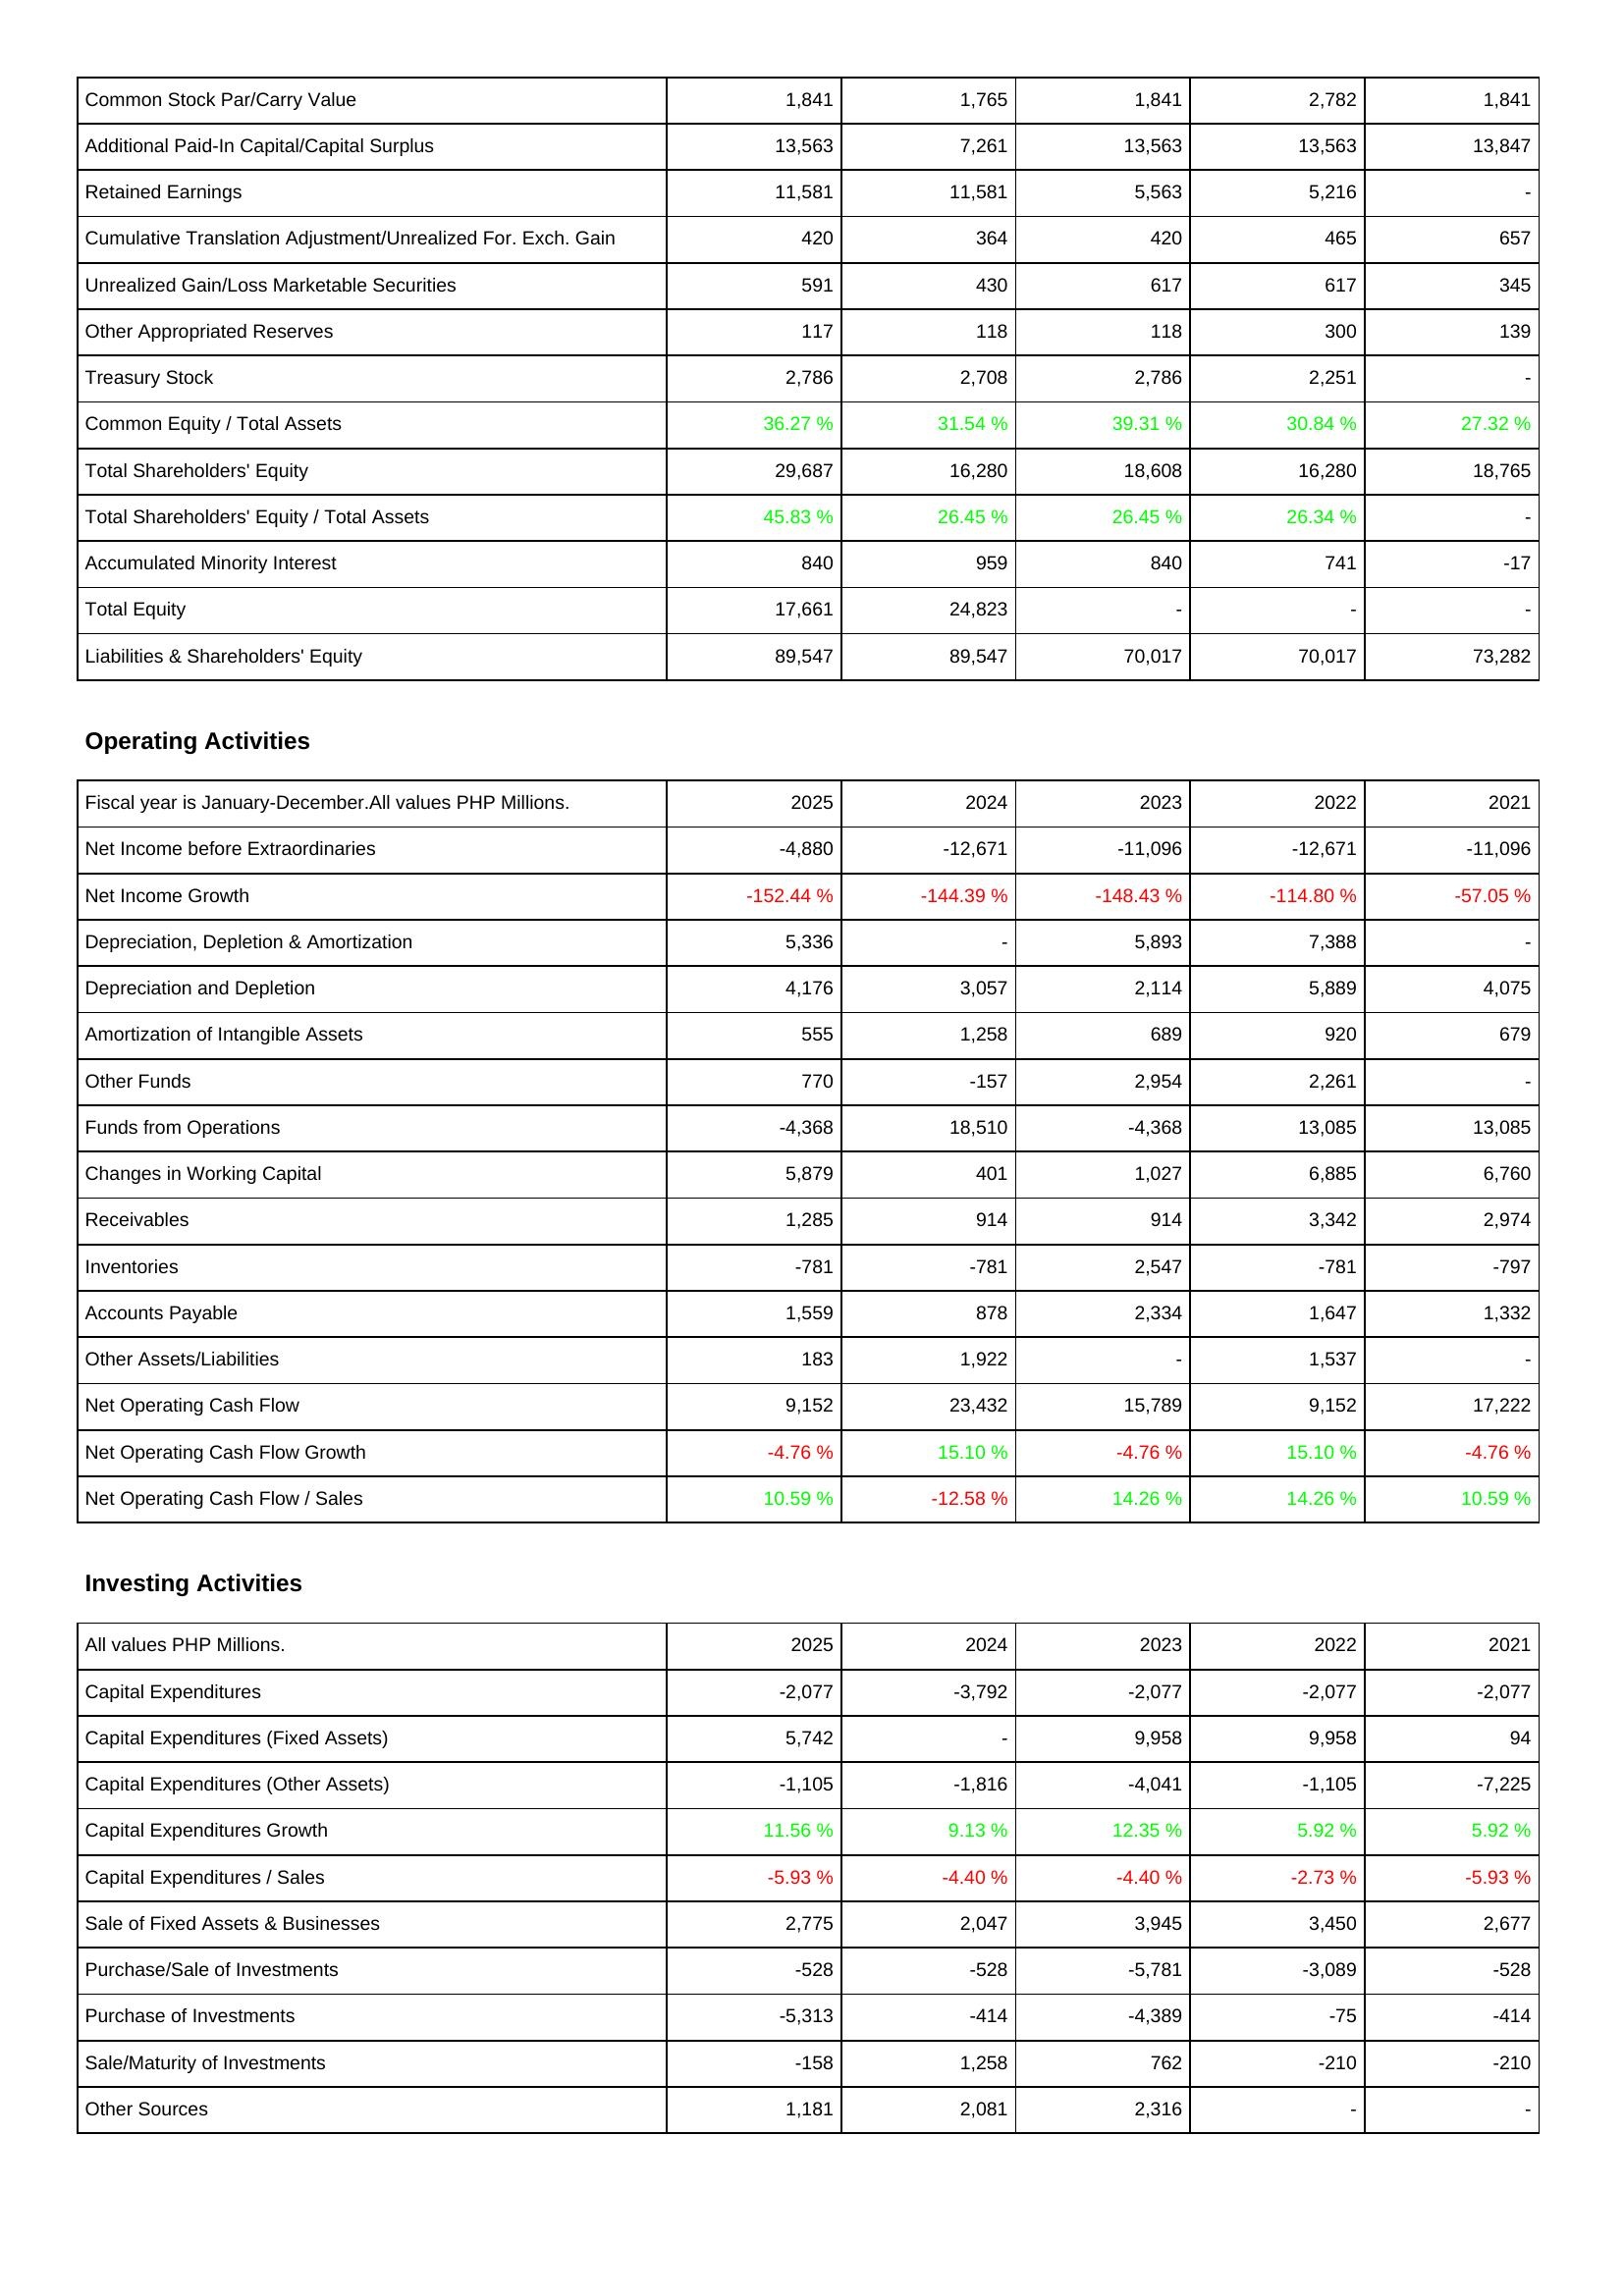
2025: Liabilities & Shareholders' Equity: Common Stock Par/Carry Value: 1,841
Additional Paid-In Capital/Capital Surplus: 13,563
Retained Earnings: 11,581
Cumulative Translation Adjustment/Unrealized For. Exch. Gain: 420
Unrealized Gain/Loss Marketable Securities: 591
Other Appropriated Reserves: 117
Treasury Stock: 2,786
Common Equity / Total Assets: 36.27 %
Total Shareholders' Equity: 29,687
Total Shareholders' Equity / Total Assets: 45.83 %
Accumulated Minority Interest: 840
Total Equity: 17,661
Liabilities & Shareholders' Equity: 89,547
Operating Activities: Net Income before Extraordinaries: -4,880
Net Income Growth: -152.44 %
Depreciation, Depletion & Amortization: 5,336
Depreciation and Depletion: 4,176
Amortization of Intangible Assets: 555
Other Funds: 770
Funds from Operations: -4,368
Changes in Working Capital: 5,879
Receivables: 1,285
Inventories: -781
Accounts Payable: 1,559
Other Assets/Liabilities: 183
Net Operating Cash Flow: 9,152
Net Operating Cash Flow Growth: -4.76 %
Net Operating Cash Flow / Sales: 10.59 %
Investing Activities: Capital Expenditures: -2,077
Capital Expenditures (Fixed Assets): 5,742
Capital Expenditures (Other Assets): -1,105
Capital Expenditures Growth: 11.56 %
Capital Expenditures / Sales: -5.93 %
Sale of Fixed Assets & Businesses: 2,775
Purchase/Sale of Investments: -528
Purchase of Investments: -5,313
Sale/Maturity of Investments: -158
Other Sources: 1,181
2024: Liabilities & Shareholders' Equity: Common Stock Par/Carry Value: 1,765
Additional Paid-In Capital/Capital Surplus: 7,261
Retained Earnings: 11,581
Cumulative Translation Adjustment/Unrealized For. Exch. Gain: 364
Unrealized Gain/Loss Marketable Securities: 430
Other Appropriated Reserves: 118
Treasury Stock: 2,708
Common Equity / Total Assets: 31.54 %
Total Shareholders' Equity: 16,280
Total Shareholders' Equity / Total Assets: 26.45 %
Accumulated Minority Interest: 959
Total Equity: 24,823
Liabilities & Shareholders' Equity: 89,547
Operating Activities: Net Income before Extraordinaries: -12,671
Net Income Growth: -144.39 %
Depreciation, Depletion & Amortization: -
Depreciation and Depletion: 3,057
Amortization of Intangible Assets: 1,258
Other Funds: -157
Funds from Operations: 18,510
Changes in Working Capital: 401
Receivables: 914
Inventories: -781
Accounts Payable: 878
Other Assets/Liabilities: 1,922
Net Operating Cash Flow: 23,432
Net Operating Cash Flow Growth: 15.10 %
Net Operating Cash Flow / Sales: -12.58 %
Investing Activities: Capital Expenditures: -3,792
Capital Expenditures (Fixed Assets): -
Capital Expenditures (Other Assets): -1,816
Capital Expenditures Growth: 9.13 %
Capital Expenditures / Sales: -4.40 %
Sale of Fixed Assets & Businesses: 2,047
Purchase/Sale of Investments: -528
Purchase of Investments: -414
Sale/Maturity of Investments: 1,258
Other Sources: 2,081
2023: Liabilities & Shareholders' Equity: Common Stock Par/Carry Value: 1,841
Additional Paid-In Capital/Capital Surplus: 13,563
Retained Earnings: 5,563
Cumulative Translation Adjustment/Unrealized For. Exch. Gain: 420
Unrealized Gain/Loss Marketable Securities: 617
Other Appropriated Reserves: 118
Treasury Stock: 2,786
Common Equity / Total Assets: 39.31 %
Total Shareholders' Equity: 18,608
Total Shareholders' Equity / Total Assets: 26.45 %
Accumulated Minority Interest: 840
Total Equity: -
Liabilities & Shareholders' Equity: 70,017
Operating Activities: Net Income before Extraordinaries: -11,096
Net Income Growth: -148.43 %
Depreciation, Depletion & Amortization: 5,893
Depreciation and Depletion: 2,114
Amortization of Intangible Assets: 689
Other Funds: 2,954
Funds from Operations: -4,368
Changes in Working Capital: 1,027
Receivables: 914
Inventories: 2,547
Accounts Payable: 2,334
Other Assets/Liabilities: -
Net Operating Cash Flow: 15,789
Net Operating Cash Flow Growth: -4.76 %
Net Operating Cash Flow / Sales: 14.26 %
Investing Activities: Capital Expenditures: -2,077
Capital Expenditures (Fixed Assets): 9,958
Capital Expenditures (Other Assets): -4,041
Capital Expenditures Growth: 12.35 %
Capital Expenditures / Sales: -4.40 %
Sale of Fixed Assets & Businesses: 3,945
Purchase/Sale of Investments: -5,781
Purchase of Investments: -4,389
Sale/Maturity of Investments: 762
Other Sources: 2,316
2022: Liabilities & Shareholders' Equity: Common Stock Par/Carry Value: 2,782
Additional Paid-In Capital/Capital Surplus: 13,563
Retained Earnings: 5,216
Cumulative Translation Adjustment/Unrealized For. Exch. Gain: 465
Unrealized Gain/Loss Marketable Securities: 617
Other Appropriated Reserves: 300
Treasury Stock: 2,251
Common Equity / Total Assets: 30.84 %
Total Shareholders' Equity: 16,280
Total Shareholders' Equity / Total Assets: 26.34 %
Accumulated Minority Interest: 741
Total Equity: -
Liabilities & Shareholders' Equity: 70,017
Operating Activities: Net Income before Extraordinaries: -12,671
Net Income Growth: -114.80 %
Depreciation, Depletion & Amortization: 7,388
Depreciation and Depletion: 5,889
Amortization of Intangible Assets: 920
Other Funds: 2,261
Funds from Operations: 13,085
Changes in Working Capital: 6,885
Receivables: 3,342
Inventories: -781
Accounts Payable: 1,647
Other Assets/Liabilities: 1,537
Net Operating Cash Flow: 9,152
Net Operating Cash Flow Growth: 15.10 %
Net Operating Cash Flow / Sales: 14.26 %
Investing Activities: Capital Expenditures: -2,077
Capital Expenditures (Fixed Assets): 9,958
Capital Expenditures (Other Assets): -1,105
Capital Expenditures Growth: 5.92 %
Capital Expenditures / Sales: -2.73 %
Sale of Fixed Assets & Businesses: 3,450
Purchase/Sale of Investments: -3,089
Purchase of Investments: -75
Sale/Maturity of Investments: -210
Other Sources: -
2021: Liabilities & Shareholders' Equity: Common Stock Par/Carry Value: 1,841
Additional Paid-In Capital/Capital Surplus: 13,847
Retained Earnings: -
Cumulative Translation Adjustment/Unrealized For. Exch. Gain: 657
Unrealized Gain/Loss Marketable Securities: 345
Other Appropriated Reserves: 139
Treasury Stock: -
Common Equity / Total Assets: 27.32 %
Total Shareholders' Equity: 18,765
Total Shareholders' Equity / Total Assets: -
Accumulated Minority Interest: -17
Total Equity: -
Liabilities & Shareholders' Equity: 73,282
Operating Activities: Net Income before Extraordinaries: -11,096
Net Income Growth: -57.05 %
Depreciation, Depletion & Amortization: -
Depreciation and Depletion: 4,075
Amortization of Intangible Assets: 679
Other Funds: -
Funds from Operations: 13,085
Changes in Working Capital: 6,760
Receivables: 2,974
Inventories: -797
Accounts Payable: 1,332
Other Assets/Liabilities: -
Net Operating Cash Flow: 17,222
Net Operating Cash Flow Growth: -4.76 %
Net Operating Cash Flow / Sales: 10.59 %
Investing Activities: Capital Expenditures: -2,077
Capital Expenditures (Fixed Assets): 94
Capital Expenditures (Other Assets): -7,225
Capital Expenditures Growth: 5.92 %
Capital Expenditures / Sales: -5.93 %
Sale of Fixed Assets & Businesses: 2,677
Purchase/Sale of Investments: -528
Purchase of Investments: -414
Sale/Maturity of Investments: -210
Other Sources: -